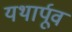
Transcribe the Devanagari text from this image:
यथार्पूव